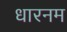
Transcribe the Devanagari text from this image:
धारनम